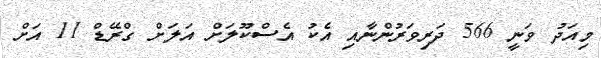
މިއަދު ވަނީ 566 ދަރިވަރުންނާއި އެކު އެސްކޫލަށް އަލަށް ގްރޭޑް 11 އަށް